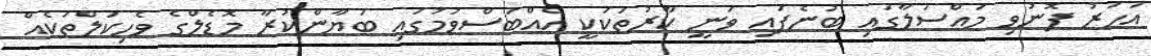
އަހަރު ފޮނުވި މައްސަލާގައި ބުނެފައި ވަނީ ކާރުތަކަކީ އެއްބަސްވުމުގައި ބަޔާންކުރާ މޮޑެލްގެ ވެހިކަލްތަކެއް